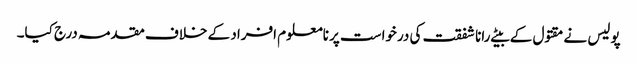
پولیس نے مقتول کے بیٹے رانا شفقت کی درخواست پر نامعلوم افراد کے خلاف مقدمہ درج کیا۔